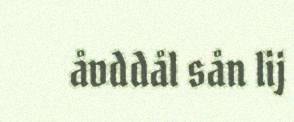
åvddål sån lij